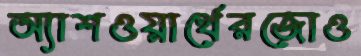
অ্যাশওয়ার্থেরজোও